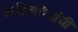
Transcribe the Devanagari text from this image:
व्यक्तिचित्रांची